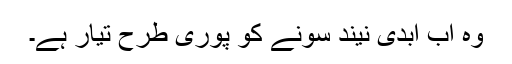
وہ اب ابدی نیند سونے کو پوری طرح تیار ہے۔